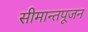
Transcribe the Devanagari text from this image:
सीमान्तपूजन